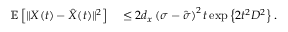
\begin{array} { r l } { \mathbb { E } \left[ \Vert X ( t ) - \hat { X } ( t ) \Vert ^ { 2 } \right] } & { { } \leq 2 d _ { x } \left( \sigma - \hat { \sigma } \right) ^ { 2 } t \exp \left\{ 2 t ^ { 2 } D ^ { 2 } \right\} . } \end{array}